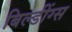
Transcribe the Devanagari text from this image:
बिल्डींग्स